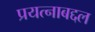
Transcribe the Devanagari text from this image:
प्रयत्नाबद्दल